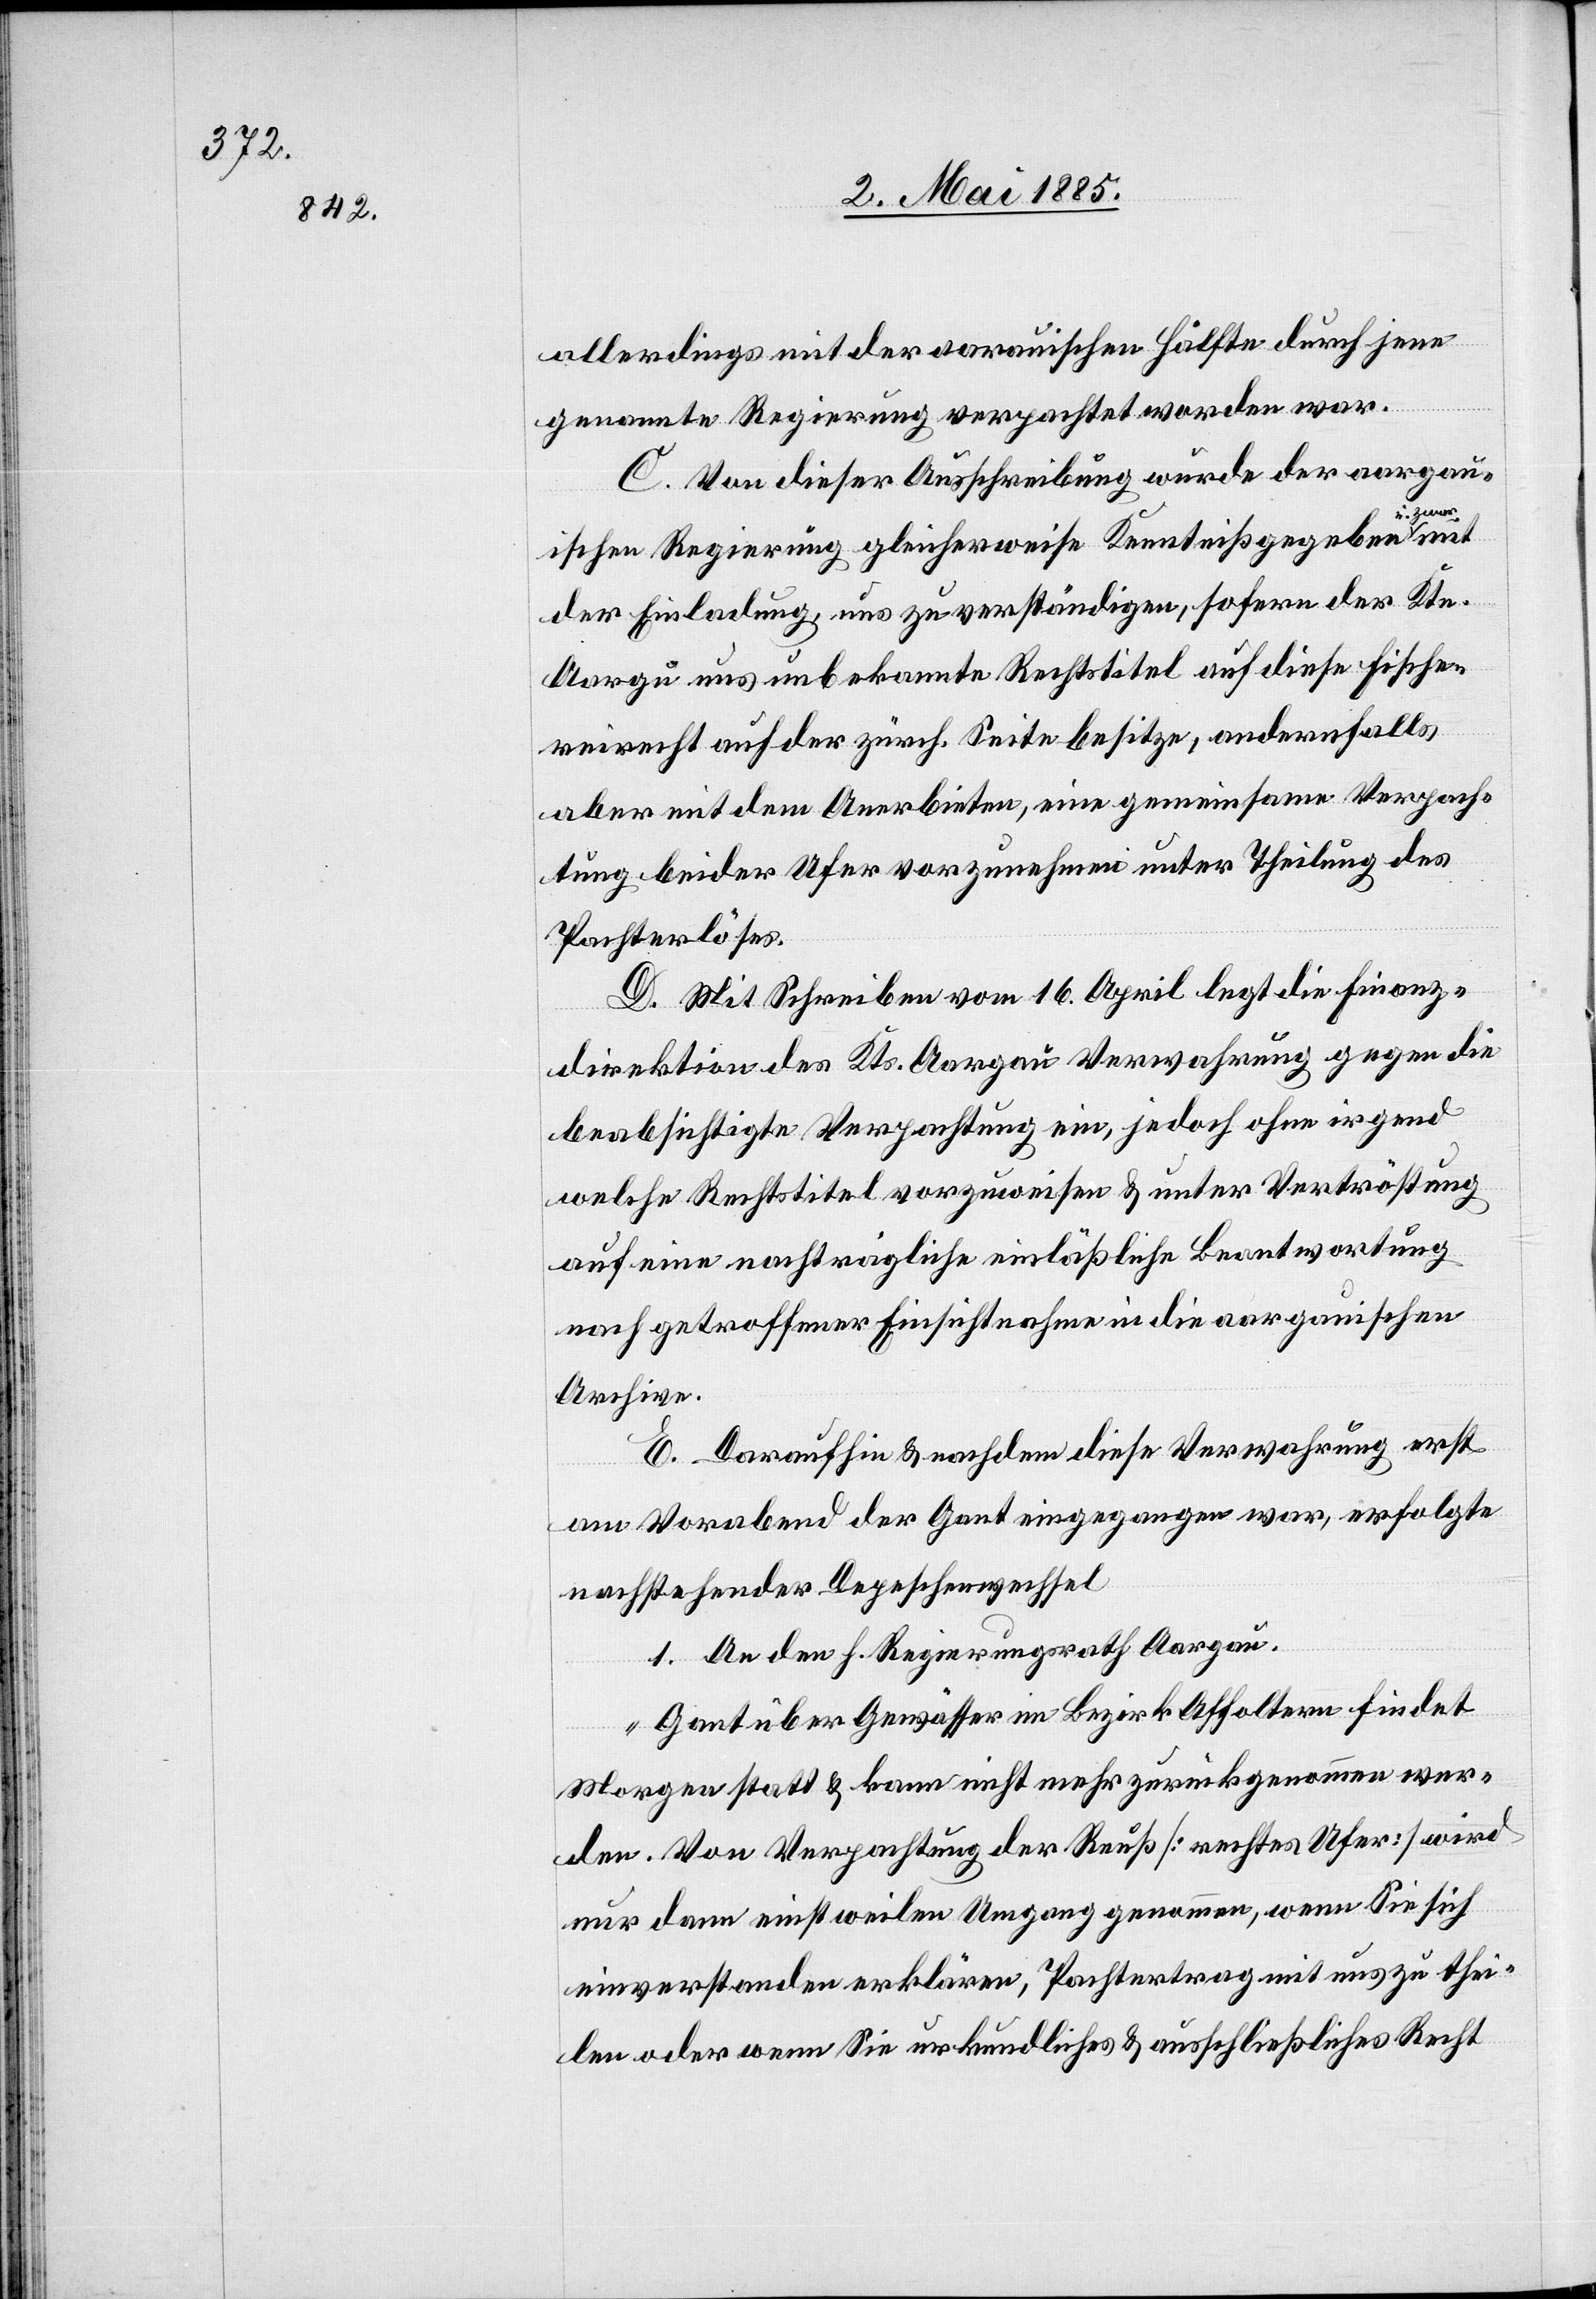
allerdings mit der aar[g]auischen Hälfte durch jene
genannte Regierung verpachtet worden war.
C. Von dieser Ausschreibung wurde der aargau¬
zwar
ischen Regierung gleicherweise Kenntniß gegeben u.
der Einladung, uns zu verständigen, sofern der Ktn.
Aarg[a]u uns unbekannte Rechtstitel auf diese[s] Fische¬
reirecht auf der zürch. Seite besitze, andernfalls
aber mit dem Anerbieten, eine gemeinsame Verpach¬
tung beider Ufer vorzunehmen unter Theilung des
Pachterlöses.
D. Mit Schreiben vom 16. April legt die Finanz¬
direktion des Kts. Aargau Verwahrung gegen die
beabsichtigte Verpachtung ein, jedoch ohne irgend
welche Rechtstitel vorzuweisen & unter Vertröstung
auf eine nachträgliche einläßliche Beantwortung
nach getroffener Einsichtnahme in die aargauischen
Archive.
E. Daraufhin & nachdem diese Verwahrung erst
am Vorabend der Gant eingegangen war, erfolgte
nachstehender Depeschenwechsel
1. An den h. Regierungsrath Aargau:
„Gant über Gewässer im Bezirk Affoltern findet
Morgen statt & kann nicht mehr zurückgenommen wer¬
den. Von Verpachtung der Reuß [rechtes Ufer] wird
nur dann einstweilen Umgang genommen, wenn Sie sich
einverstanden erklären, Pachtertrag mit auszuthei¬
len oder wenn Sie urkundliches & ausschließliches Recht